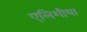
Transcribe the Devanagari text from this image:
एलिशीया